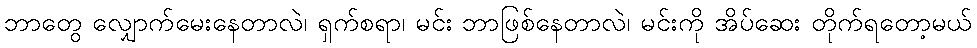
ဘာတွေ လျှောက်မေးနေတာလဲ၊ ရှက်စရာ၊ မင်း ဘာဖြစ်နေတာလဲ၊ မင်းကို အိပ်ဆေး တိုက်ရတော့မယ်